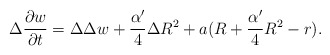
\begin{align*}\Delta\frac{\partial w}{\partial t}=\Delta\Delta w+\frac{\alpha'}{4}\Delta R^2+a(R+\frac{\alpha'}{4}R^2-r).\end{align*}